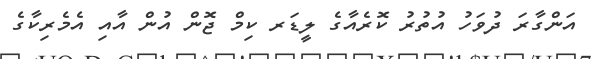
އަންގާރަ ދުވަހު އުތުރު ކޮރެއާގެ ލީޑަރ ކިމް ޖޮން އުން އާއި އެމެރިކާގެ